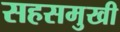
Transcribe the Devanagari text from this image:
सहसमुखी